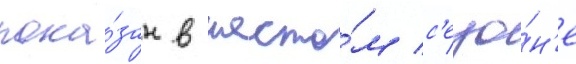
пока́зан в шесто́м с'езо́н'е